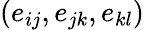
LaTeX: (e_{ij},e_{jk},e_{kl})